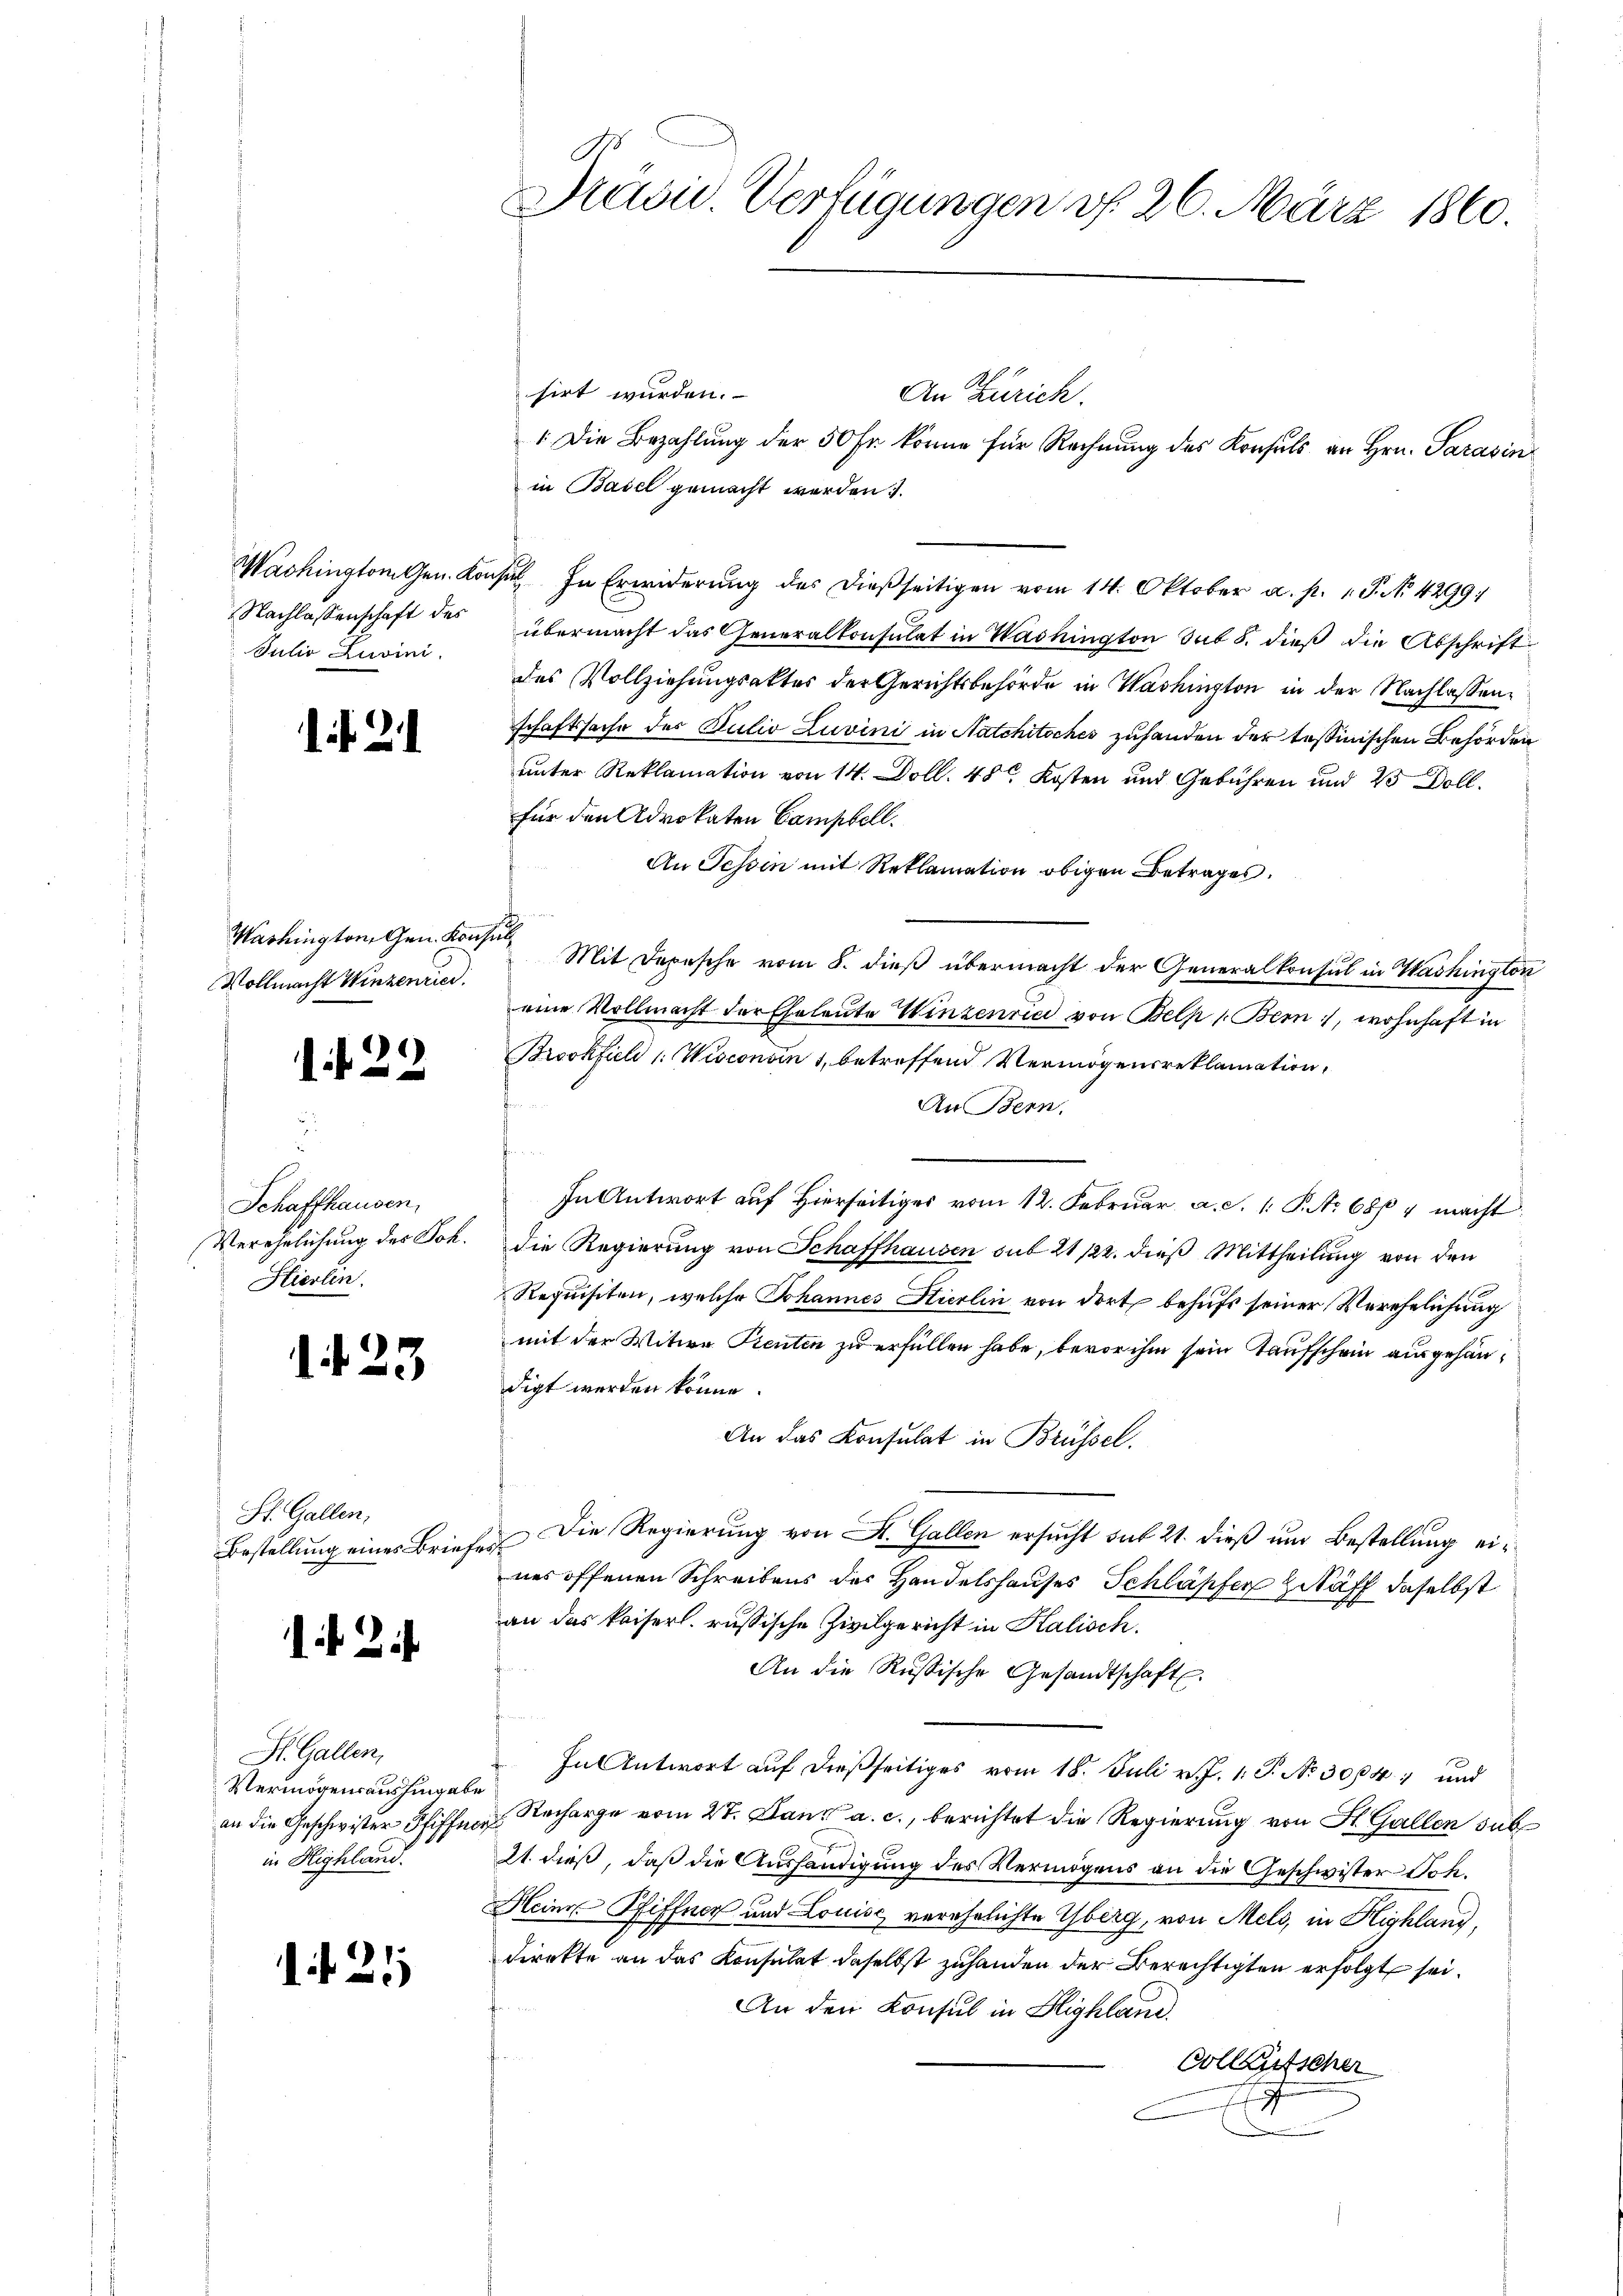
Nachlassenschaft des
 Julio Zuvini.

1 21

Washington Gen. Konsul
Vollmacht Winzenried.

¬

d

2

Schaffhausen,
Verehelichung des Joh.
Hierlin.

1. d. 23

St. Gallen,
Bestellung eines Briefe

f 2

St. Gallen,
Vermögensaushingabe
an die Geschwister Pfiffna
in Highland.

1 f. 21

Präsid. Verfügungen v. 26. März 1860.

sirt würden.
An Zürich.
in Basel gemacht werden.
Washington Gen. Konst. In Erwiderung des dießseitigen vom 14. Oktober a. p. 1. P. No. 4299.
übermacht das Generalkonsulat in Washington sub 8. dieß die Abschrift
des Vollziehungsaktes der Gerichtsbehörde in Washington in der Nachlassenschaftssache der Julio Luvini in Natchitsches zuhanden der tessinischen Behörden
unter Reklamation von 14. Doll. 48 Kosten und Gebühren und 25 Dollfür den Advokaten Campbell.
An Tessin mit Reklamation obigen Betrages.
Mit Depesche vom 8. dieß übermacht der Generalkonsul in Washington
eine Vollmacht der Eheleute Winzenried von Belp 1. Bern, wohnhaft in
Brookfieli /: Wisconsen 1, betreffend Vermögensreklamation,
An Bern,
In Antwort auf Hierseitiges vom 12. Februar a. S. 1: P. No 68/ 1 macht:
die Regierung von Schaffhausen sub 21/22. dieß Mittheilung von den
Requisiten, welche Johannes Stierlin von dort behufs seiner Verehelichung
mit der Witwe Prenten zu erfüllen habe, bevor ihm sein Taufschein ausgehändigt werden könne.
An das Konsulat in Brüssel.
 Die Regierung von A. Gallen ersucht sub 21. dieß und Bestellung eines offenen Schreibens des Handelshauses Schlässer Zitaff daselbst
an das kaiserl. russische Zivilgericht in Kalisch.
An die Russische Gesandtschaft.
In Antwort auf dießseitiges vom 18. Juli v. J. 1. P. No. 304, und
Recharge vom 27. Dann a. c., berichtet die Regierung von St. Gallen sub¬
21. dieß, daß die Aushändigung des Vermögens an die Geschwister Joh.
Heine Pfiffner und Louise verehelichte Yberg, von Mels, in Highland,
direkte an das Konsulat daselbst zuhanden der Berechtigten erfolgt sei.
An den Konsul in Highland.
Collausscher

: Die Bezahlung der 50 Fr. könne für Rechnung des Konsuls an Hrn. Sarasin